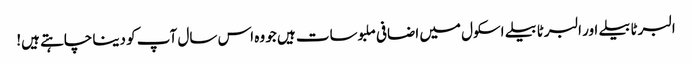
البرٹا بیلے اور البرٹا بیلے اسکول میں اضافی ملبوسات ہیں جو وہ اس سال آپ کو دینا چاہتے ہیں!